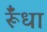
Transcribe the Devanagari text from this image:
र्रूँधा